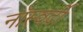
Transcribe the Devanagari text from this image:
नॉस्वर्दी